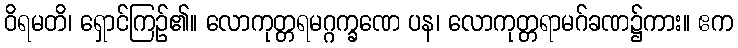
ဝိရမတိ၊ ရှောင်ကြဉ်၏။ လောကုတ္တရမဂ္ဂက္ခဏေ ပန၊ လောကုတ္တရာမဂ်ခဏ၌ကား။ ဧက